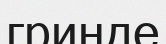
гринде